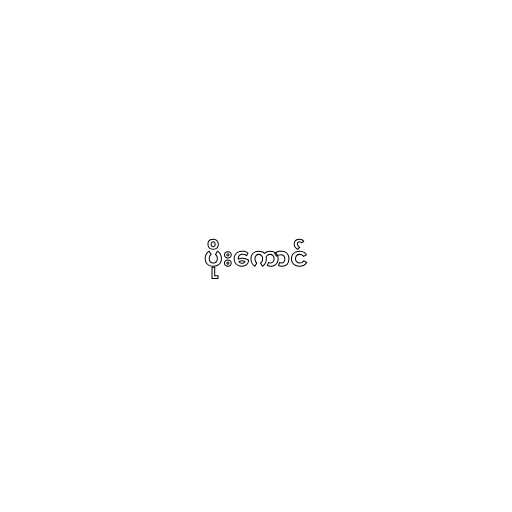
ပိုးကောင်